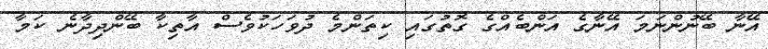
އޭނާ ބޭނުންނަމަ އޭނާގެ އަންބެއްގެ ގޮތުގައި ކިތަންމެ ދުވަަހަަކުވެސް އާތިކާ ބޭންދިދާނެ ކަމާ